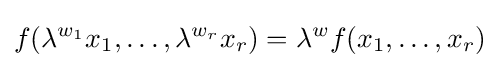
f(\lambda ^{w_{1}}x_{1},\ldots ,\lambda ^{w_{r}}x_{r})=\lambda ^{w}f(x_{1},\ldots ,x_{r})